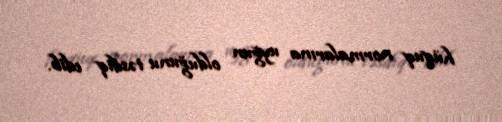
hüquq normalarına uyğun olduğunu təsdiq edib.